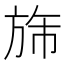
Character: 旆